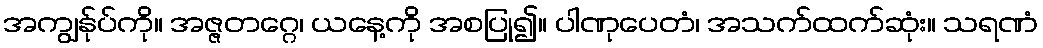
အကျွန်ုပ်ကို။ အဇ္ဇတဂ္ဂေ၊ ယနေ့ကို အစပြု၍။ ပါဏုပေတံ၊ အသက်ထက်ဆုံး။ သရဏံ